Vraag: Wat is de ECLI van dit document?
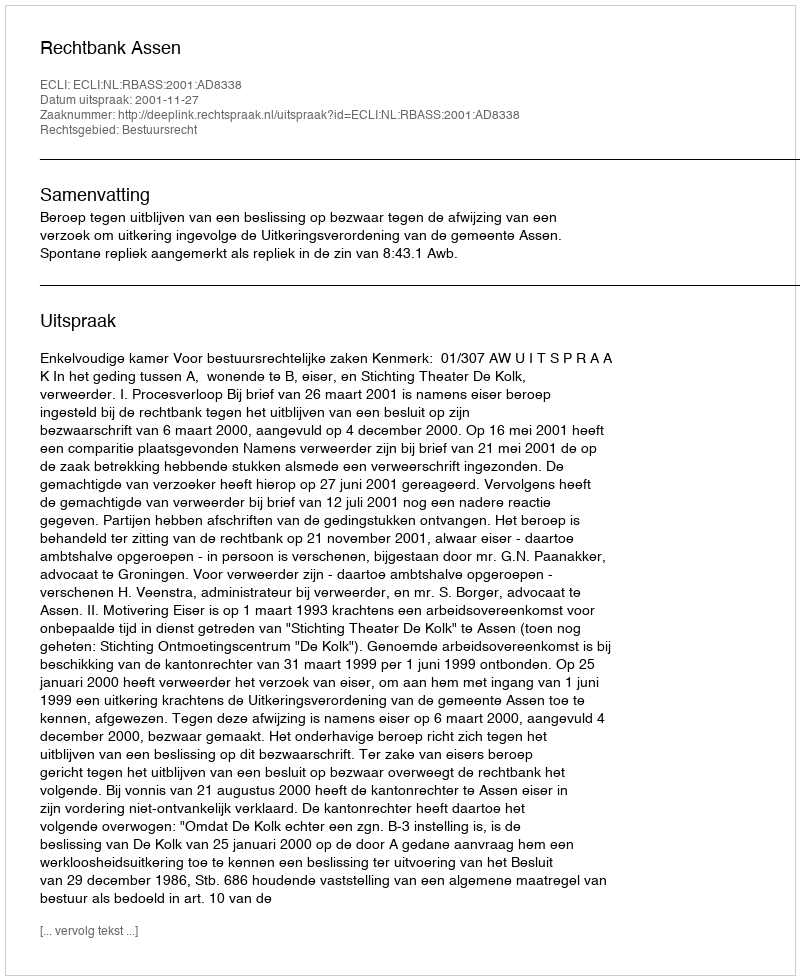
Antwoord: ECLI:NL:RBASS:2001:AD8338